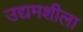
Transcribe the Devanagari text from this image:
उद्यमशीला